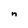
Character: n